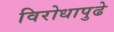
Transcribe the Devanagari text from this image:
विरोधापुढे